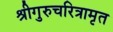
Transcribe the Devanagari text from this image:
श्रीगुरुचरित्रामृत